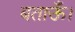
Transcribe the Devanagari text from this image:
बताऊँ।